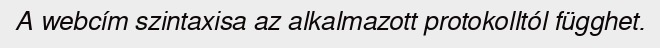
A webcím szintaxisa az alkalmazott protokolltól függhet.